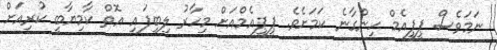
ނަމަވެސް ޕީޕީއެމް ހިންގާނެ ކަމަށެވެ. ޕީޕީއެމްއަށް މިހާރު ލިބިފައި އޮތް ކާމިޔާބީ ކުރިއަށް